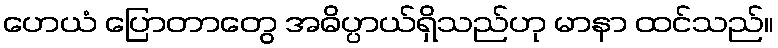
ဟေယံ ပြောတာတွေ အဓိပ္ပာယ်ရှိသည်ဟု မာနာ ထင်သည်။